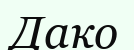
Дако